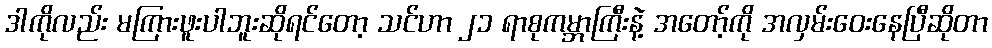
ဒါကိုလည်း မကြားဖူးပါဘူးဆိုရင်တော့ သင်ဟာ ၂၁ ရာစုကမ္ဘာကြီးနဲ့ အတော့်ကို အလှမ်းဝေးနေပြီဆိုတာ